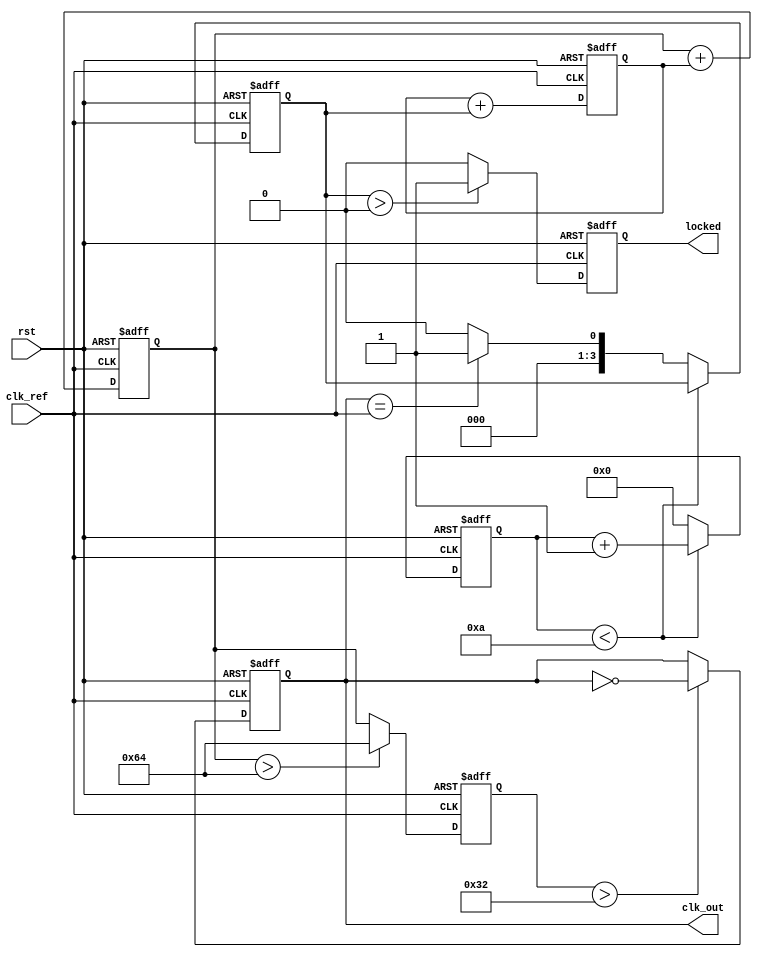
module PLL(
    input wire clk_ref,         // Reference clock input
    input wire rst,            // Reset signal
    output reg clk_out,        // Output clock
    output reg locked          // PLL locked indicator
);

    // Parameters
    parameter N = 4;           // Frequency divider value
    parameter CNT_MAX = 10;    // Counter max value for phase detection
    parameter VCO_MAX = 100;   // Maximum VCO frequency (arbitrary units)

    // Internal signals
    reg [3:0] phase_detector;  // Phase detector output
    reg [3:0] charge_pump;     // Charge pump output (control voltage)
    reg [6:0] loop_filter;      // Loop filter output (smoothed control voltage)
    reg [6:0] vco;             // VCO output frequency
    reg [3:0] counter;         // Counter for phase detection
    reg [1:0] state;           // State for the PLL operation

    // Phase Detector
    always @(posedge clk_ref or posedge rst) begin
        if (rst) begin
            counter <= 0;
            phase_detector <= 0;
        end else begin
            if (counter < CNT_MAX) begin
                counter <= counter + 1;
            end else begin
                // Example phase detection logic
                phase_detector <= (clk_out == clk_ref) ? 1 : 0;
                counter <= 0;
            end
        end
    end

    // Charge Pump
    always @(posedge clk_ref or posedge rst) begin
        if (rst) begin
            charge_pump <= 0;
        end else begin
            // Modulate control voltage based on phase detector output
            charge_pump <= charge_pump + phase_detector; // Simplified control logic
        end
    end

    // Loop Filter
    always @(posedge clk_ref or posedge rst) begin
        if (rst) begin
            loop_filter <= 0;
        end else begin
            loop_filter <= loop_filter + charge_pump; // Simple integration
        end
    end

    // Voltage-Controlled Oscillator (VCO)
    always @(posedge clk_ref or posedge rst) begin
        if (rst) begin
            vco <= 0;
            clk_out <= 0;
            locked <= 0;
        end else begin
            // Control VCO frequency based on loop filter output
            if (loop_filter > VCO_MAX) begin
                vco <= VCO_MAX;
            end else begin
                vco <= loop_filter;
            end
            
            // Generate output clock signal based on VCO
            clk_out <= (vco > 50) ? ~clk_out : clk_out; // Simple toggle for clock output

            // Lock detection (simplified)
            locked <= (phase_detector > 0) ? 1 : 0;
        end
    end

    // Frequency Divider (feedback path)
    reg [1:0] div_counter;
    always @(posedge clk_out or posedge rst) begin
        if (rst) begin
            div_counter <= 0;
        end else begin
            if (div_counter < N - 1) begin
                div_counter <= div_counter + 1;
            end else begin
                div_counter <= 0;
                // Feedback to phase detector could go here
            end
        end
    end

endmodule